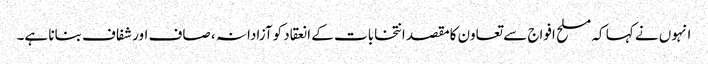
انہوں نے کہا کہ مسلح افواج سے تعاون کامقصد انتخابات کے انعقاد کوآزادانہ ، صاف اور شفاف بنانا ہے۔